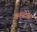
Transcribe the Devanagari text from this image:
कास्टेल